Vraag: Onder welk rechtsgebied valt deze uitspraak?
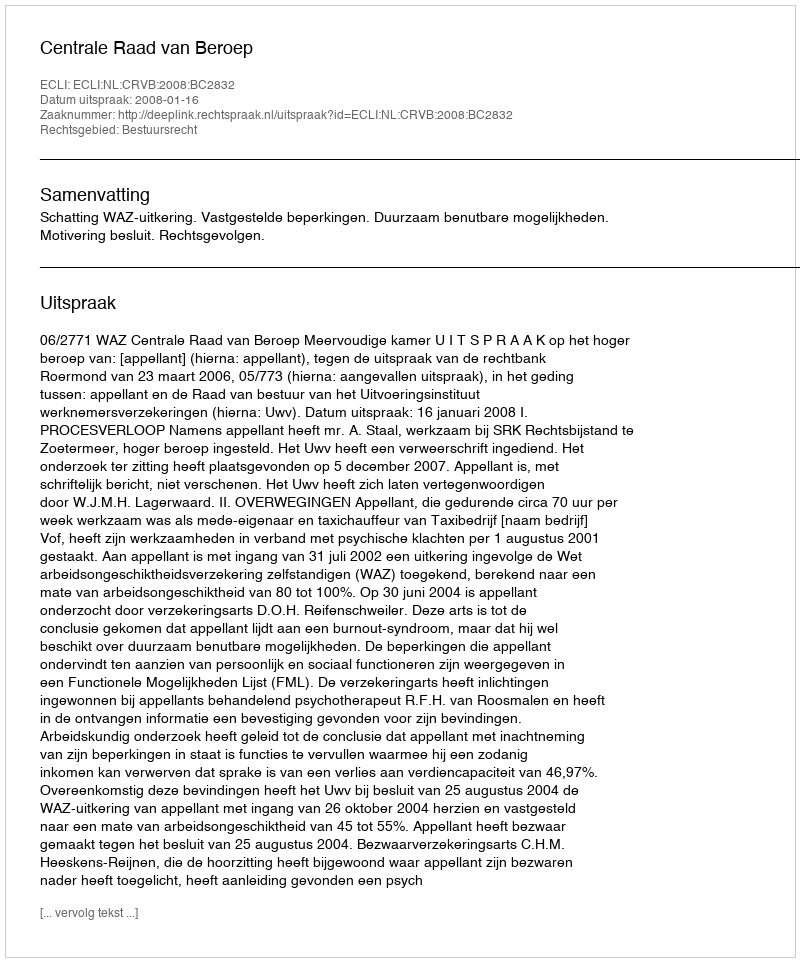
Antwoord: Bestuursrecht